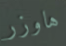
هاوزر